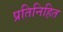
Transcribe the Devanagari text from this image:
प्रतिनिहित